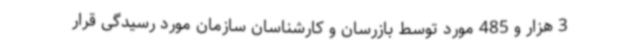
3 هزار و 485 مورد توسط بازرسان و کارشناسان سازمان مورد رسیدگی قرار